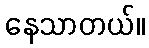
နေသာတယ်။